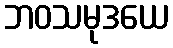
ဘဝသမုဒယေ